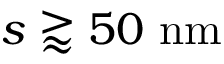
s \gtrapprox 5 0 ~ \mathrm { n m }